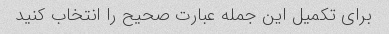
برای تکمیل این جمله عبارت صحیح را انتخاب کنید